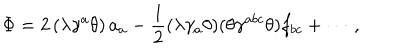
LaTeX: \Phi = 2 \left( \lambda \gamma ^ { a } \theta \right) a _ { a } - \frac { 1 } { 2 } ( \lambda \gamma _ { a } \theta ) ( \theta \gamma ^ { a b c } \theta ) f _ { b c } + \cdots \, ,